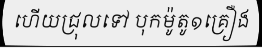
ហើយជ្រុលទៅ បុកម៉ូតូ១គ្រឿង